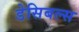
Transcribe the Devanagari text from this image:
डेसिबल्स